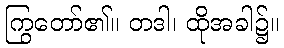
ကြွတော်၏။ တဒါ၊ ထိုအခါ၌။